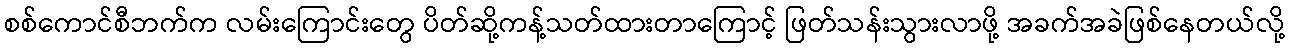
စစ်ကောင်စီဘက်က လမ်းကြောင်းတွေ ပိတ်ဆို့ကန့်သတ်ထားတာကြောင့် ဖြတ်သန်းသွားလာဖို့ အခက်အခဲဖြစ်နေတယ်လို့